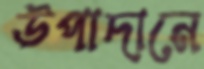
উপাদানে